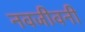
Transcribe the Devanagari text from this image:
नवजीवनी